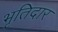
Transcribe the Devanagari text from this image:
भृतिदार